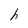
Character: h